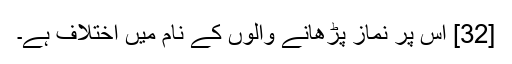
[32] اس پر نماز پڑھانے والوں کے نام میں اختلاف ہے۔